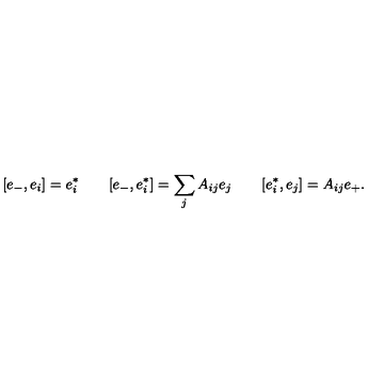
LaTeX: [ e _ { - } , e _ { i } ] = e _ { i } ^ { * } \qquad [ e _ { - } , e _ { i } ^ { * } ] = \sum _ { j } A _ { i j } e _ { j } \qquad [ e _ { i } ^ { * } , e _ { j } ] = A _ { i j } e _ { + } .